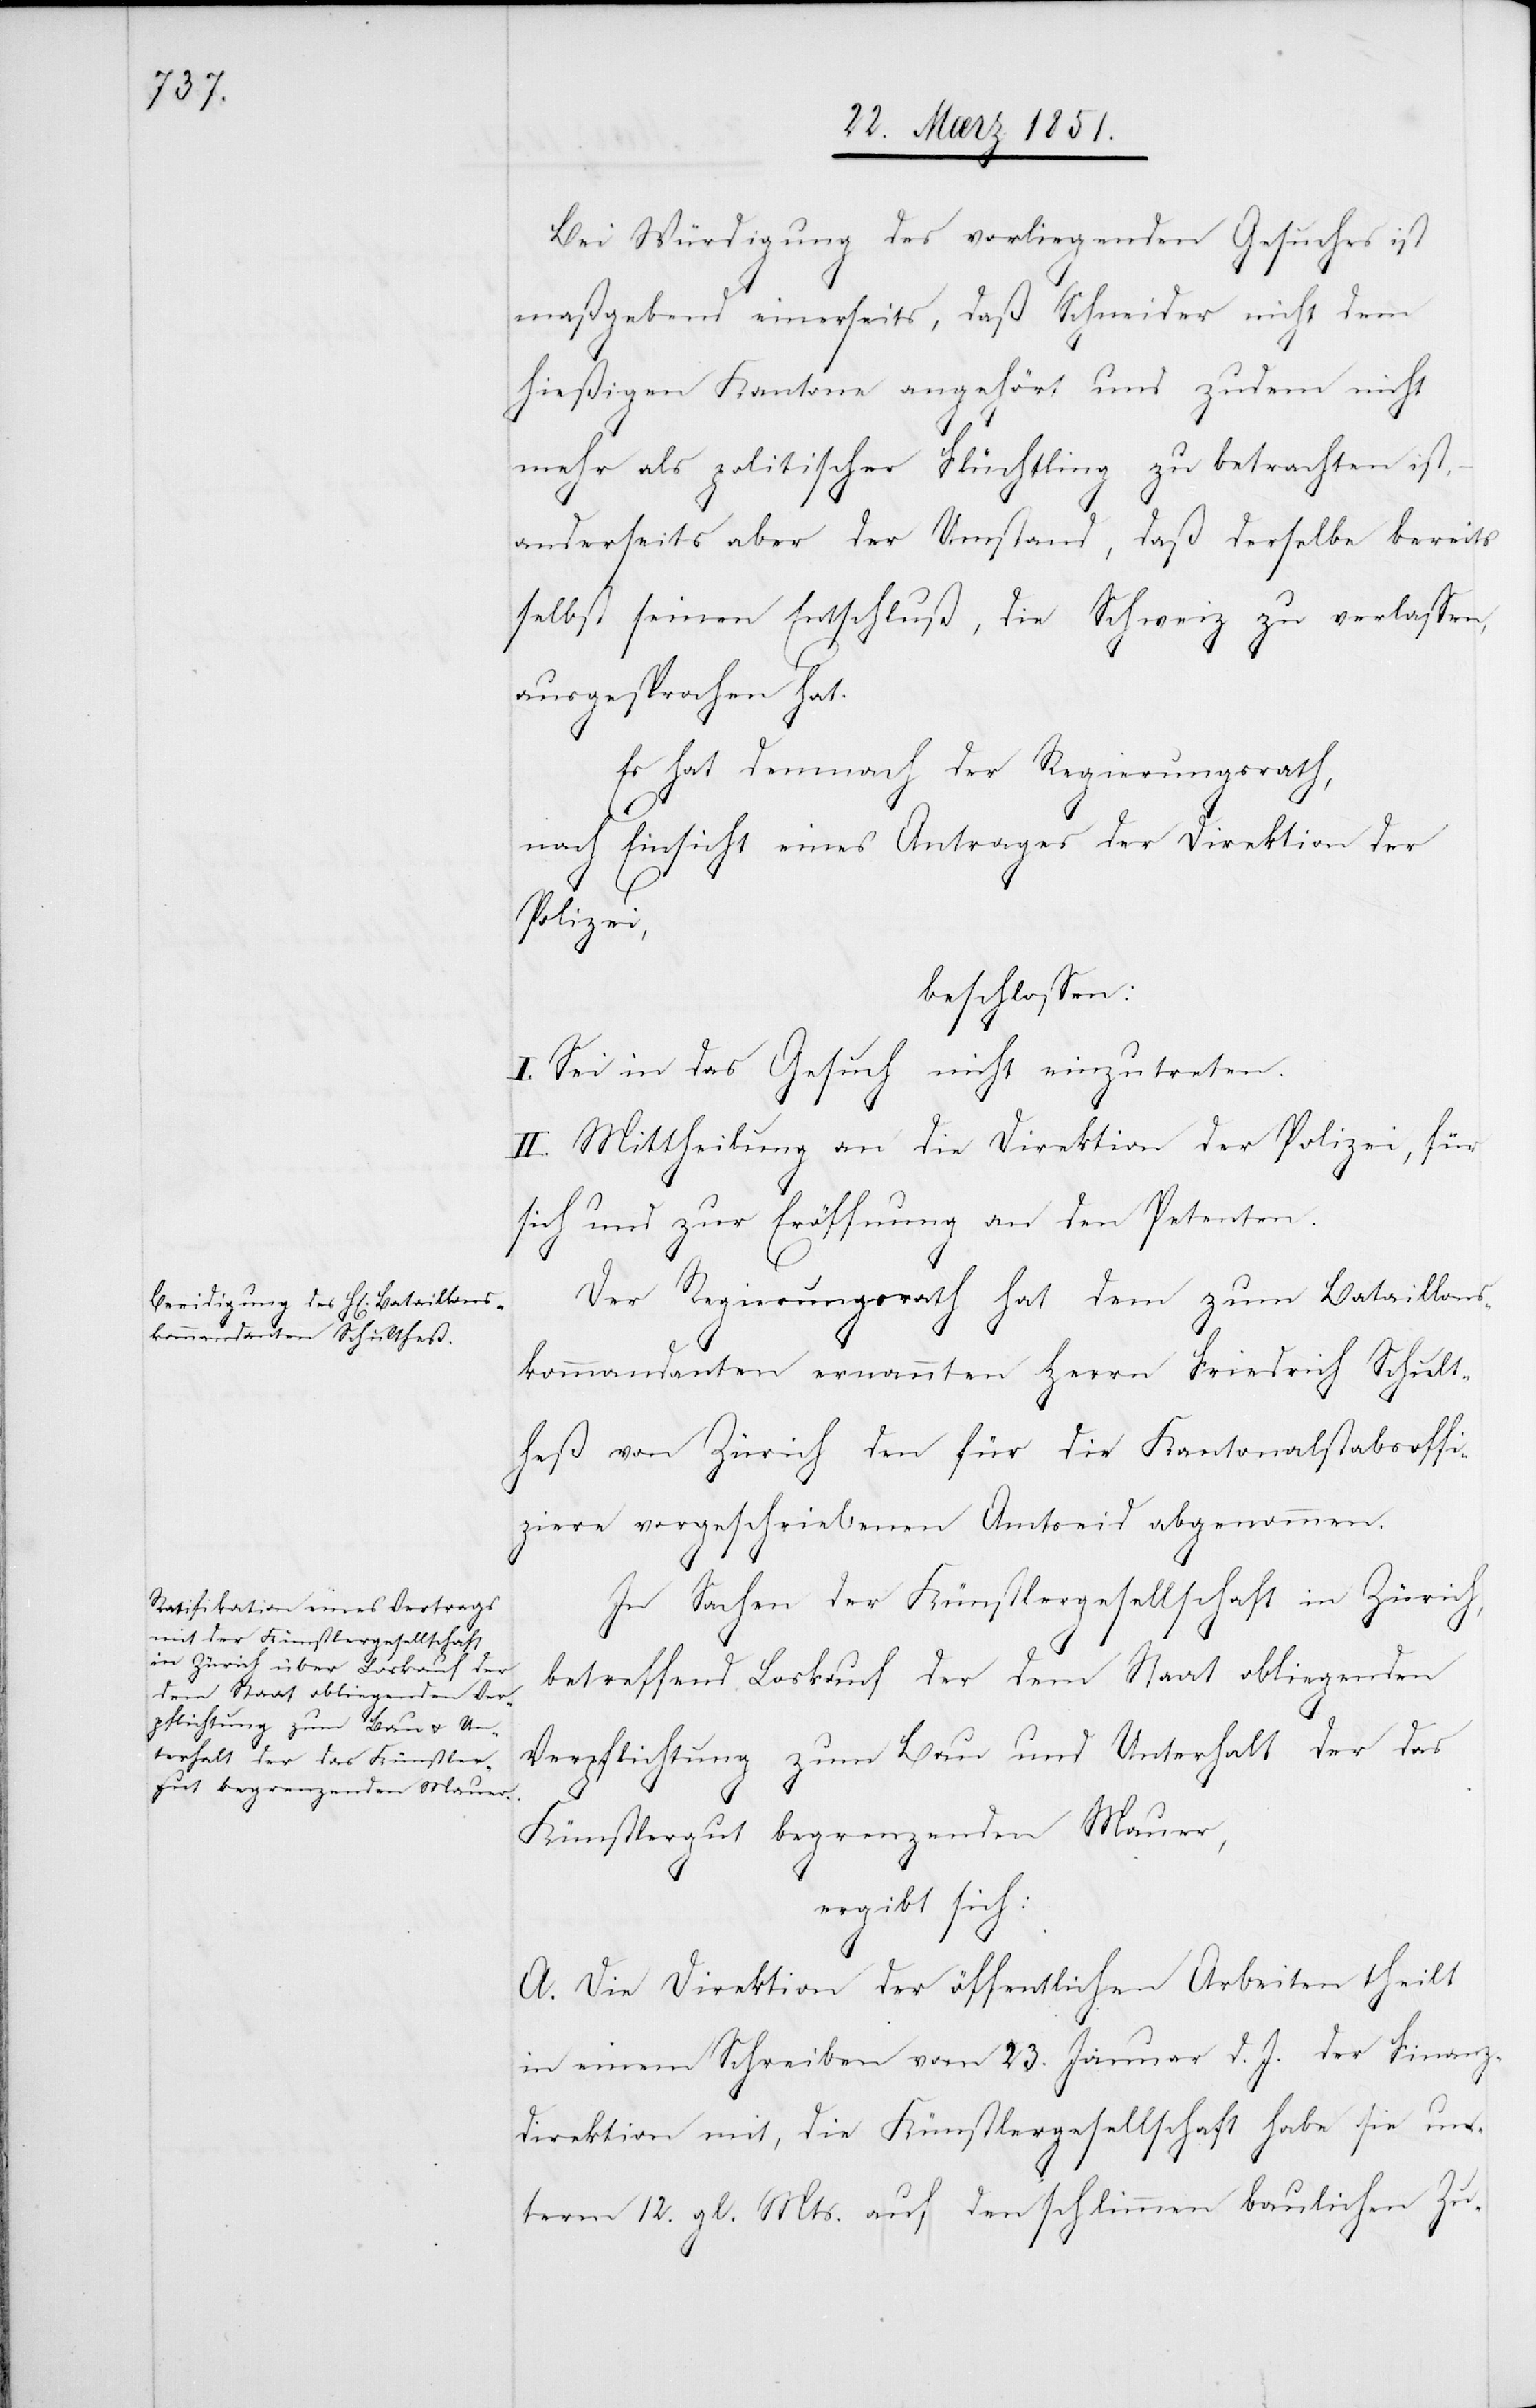
Bei Würdigung des vorliegenden Gesuches ist
maßgebend einerseits, daß Schneider nicht dem
hießigen Kantone angehört und zudem nicht
mehr als politischer Flüchtling zu betrachten ist,
anderseits aber der Umstand, daß derselbe bereits
selbst seinen Entschluß, die Schweiz zu verlassen,
ausgesprochen hat.
Es hat demnach der Regierungsrath,
nach Einsicht eines Antrages der Direktion der
Polizei,
beschlossen:
I. Sei in das Gesuch nicht einzutreten.
II. Mittheilung an die Direktion der Polizei, für
sich und zur Eröffnung an den Petenten.
Der Regierungsrath hat dem zum Bataillons¬
kommandanten ernannten Herrn Friedrich Schult¬
heß von Zürich den für die Kantonalstabsoffi¬
ziere vorgeschriebenen Amtseid abgenommen.
In Sachen der Künstlergesellschaft in Zürich,
betreffend Loskauf der dem Staat obliegenden
Verpflichtung zum Bau und Unterhalt der das
Künstlergut begrenzenden Mauer,
ergibt sich:
A. Die Direktion der öffentlichen Arbeiten theilt
in einem Schreiben vom 23. Januar d. J. der Finanz¬
direktion mit, die Künstlergesellschaft habe sie un¬
term 12. gl. Mts. auf den schlimmen baulichen Zu-